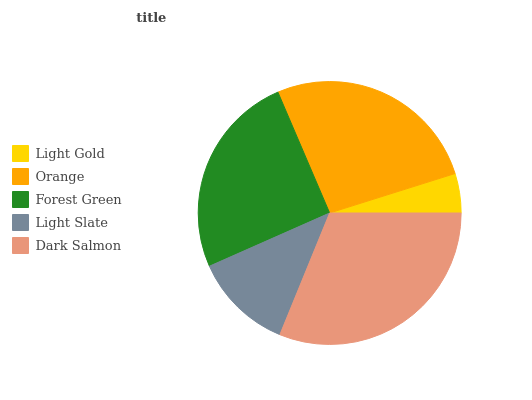
| Light Gold | Orange | Forest Green | Light Slate | Dark Salmon |
 | --- | --- | --- | --- | --- |
 | 4.86% | 26.6% | 25.2% | 12.2% | 31.2% |